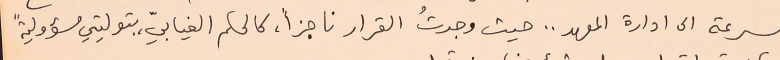
السرعة الى ادارة المعهد .. حيث وجدتُ القرار ناجزاً، كالحكم الغيابيّ، بتوليتي مسؤوليةً